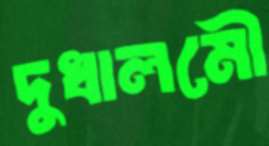
দুধালমৌ